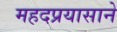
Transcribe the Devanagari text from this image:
महदप्रयासाने